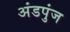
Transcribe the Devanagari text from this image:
अंडपुंज